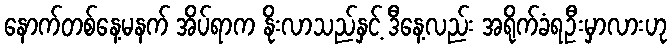
နောက်တစ်နေ့မနက် အိပ်ရာက နိုးလာသည်နှင့် ဒီနေ့လည်း အရိုက်ခံရဦးမှာလားဟု